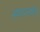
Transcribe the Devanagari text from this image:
स्यादसति